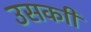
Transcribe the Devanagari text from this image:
उसकाी